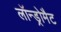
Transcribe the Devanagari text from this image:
लॉन्ड्रोमैट